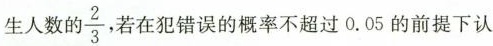
生人数的 \frac{2}{3} ，若在犯错误的概率不超过0.05的前提下认